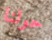
حولنا